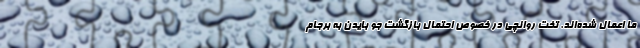
ما اعمال شده‌اند. تخت روانچی در خصوص احتمال بازگشت جو بایدن به برجام